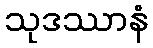
သုဒဿာနံ